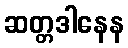
ဆတ္တဒါနေန